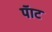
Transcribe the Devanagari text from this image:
पॅाट